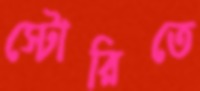
স্টোরিতে